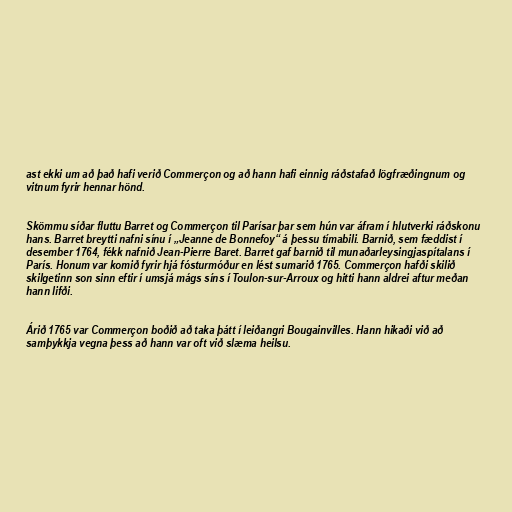
ast ekki um að það hafi verið Commerçon og að hann hafi einnig ráðstafað lögfræðingnum og
vitnum fyrir hennar hönd.

Skömmu síðar fluttu Barret og Commerçon til Parísar þar sem hún var áfram í hlutverki ráðskonu
hans. Barret breytti nafni sínu í „Jeanne de Bonnefoy“ á þessu tímabili. Barnið, sem fæddist í
desember 1764, fékk nafnið Jean-Pierre Baret. Barret gaf barnið til munaðarleysingjaspítalans í
París. Honum var komið fyrir hjá fósturmóður en lést sumarið 1765. Commerçon hafði skilið
skilgetinn son sinn eftir í umsjá mágs síns í Toulon-sur-Arroux og hitti hann aldrei aftur meðan
hann lifði.

Árið 1765 var Commerçon boðið að taka þátt í leiðangri Bougainvilles. Hann hikaði við að
samþykkja vegna þess að hann var oft við slæma heilsu.